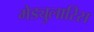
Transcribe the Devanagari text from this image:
मेड्युलारिस